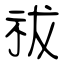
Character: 祓